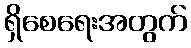
ရှိစေရေးအတွက်